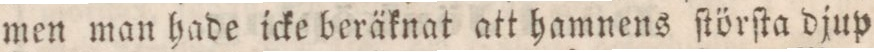
men man hade icke beräknat att hamnens ſtörſta djup